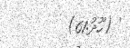
' (ހޫދު:61)